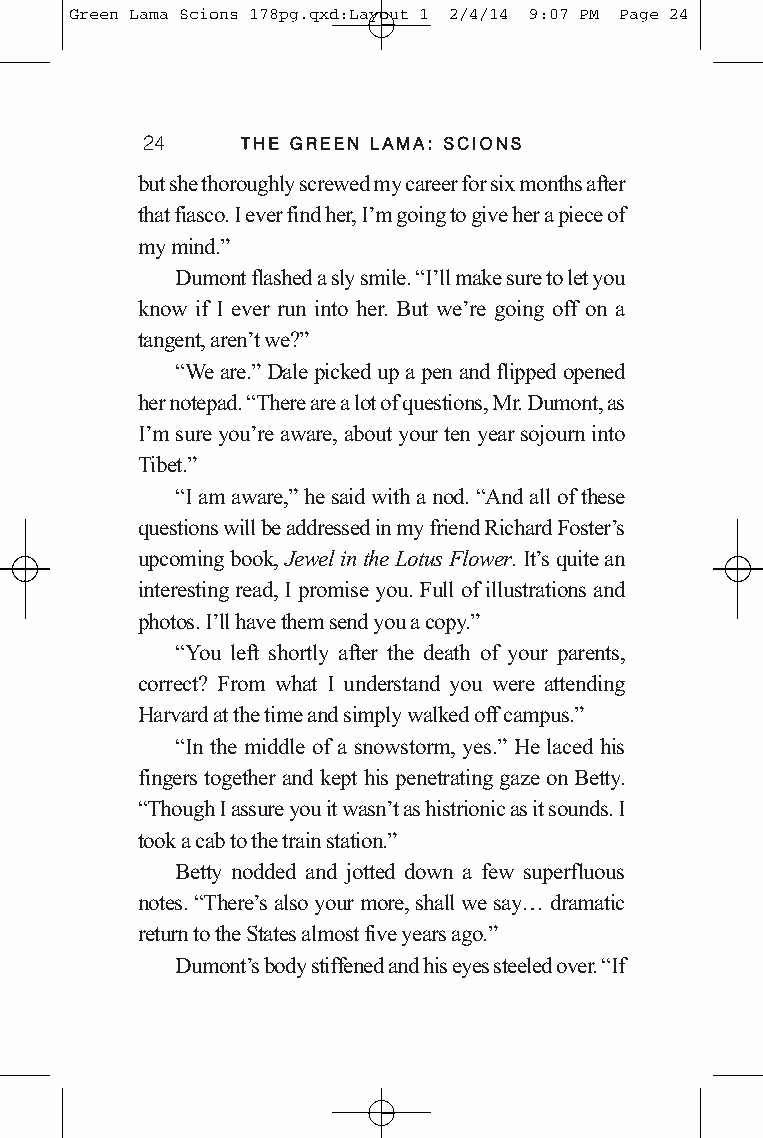
Green Lama Scions 178pg.qxd:Layout 1 2/4/14 9:07 PM Page 24
 24     TTHHEE GGRREEEENN LLAAMMAA:: SSCCIIOONNSS
 but she thoroughly screwed my career for six months after
 that fiasco. I ever find her, I’m going to give her a piece of
 my mind.”
 Dumont flashed a sly smile. “I’ll make sure to let you
 know if I ever run into her. But we’re going off on a
 tangent, aren’t we?”
 “We are.”Dale picked up a pen and flipped opened
 her notepad. “There are a lot of questions, Mr. Dumont, as
 I’m sure you’re aware, about your ten year sojourn into
 Tibet.”
 “I am aware,”he said with a nod. “And all of these
 questions will be addressed in my friend Richard Foster’s
 upcoming book, Jewel in the Lotus Flower. It’s quite an
 interesting read, I promise you. Full of illustrations and
 photos. I’ll have them send you a copy.”
 “You left shortly after the death of your parents,
 correct? From what I understand you were attending
 Harvard at the time and simply walked off campus.”
 “In the middle of a snowstorm, yes.” He laced his
 fingers together and kept his penetrating gaze on Betty.
 “Though I assure you it wasn’t as histrionic as it sounds. I
 took a cab to the train station.”
 Betty nodded and jotted down a few superfluous
 notes. “There’s also your more, shall we say… dramatic
 return to the States almost five years ago.”
 Dumont’s body stiffened and his eyes steeled over. “If